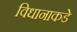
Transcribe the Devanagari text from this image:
विधानाकडे